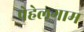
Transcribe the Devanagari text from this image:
पेहेलगाम